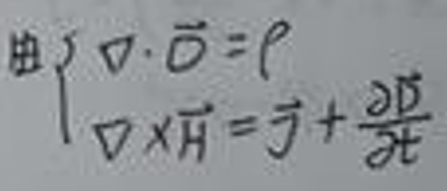
由\(\begin{cases}
\vec{D} \cdot \vec{D} = \rho \\
\vec{D} \times \vec{H} = \vec{j} + \frac{\partial \vec{D}}{\partial t}
\end{cases}\)